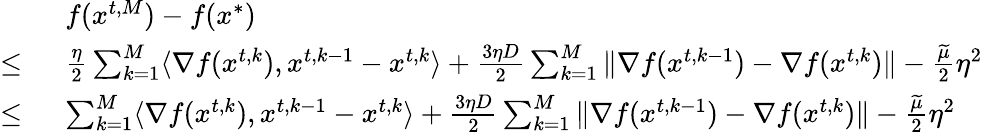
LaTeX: \begin{array}{rl}&{f({x}^{t,M})-f({x}^{*})}\\ {\le\ }&{\frac{\eta}{2}\sum_{k=1}^{M}\langle\nabla f({x}^{t,k}),{x}^{t,k-1}-{x}^{t,k}\rangle+\frac{3\eta D}{2}\sum_{k=1}^{M}\| \nabla f({x}^{t,k-1})-\nabla f({x}^{t,k})\| -\frac{\widetilde\mu}{2}\eta^{2}}\\ {\le\ }&{\sum_{k=1}^{M}\langle\nabla f({x}^{t,k}),{x}^{t,k-1}-{x}^{t,k}\rangle+\frac{3\eta D}{2}\sum_{k=1}^{M}\| \nabla f({x}^{t,k-1})-\nabla f({x}^{t,k})\| -\frac{\widetilde\mu}{2}\eta^{2}}\end{array}